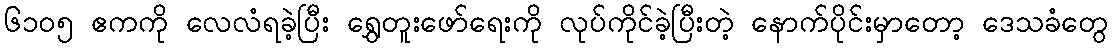
၆၁၀၅ ဧကကို လေလံရခဲ့ပြီး ရွှေတူးဖော်ရေးကို လုပ်ကိုင်ခဲ့ပြီးတဲ့ နောက်ပိုင်းမှာတော့ ဒေသခံတွေ